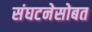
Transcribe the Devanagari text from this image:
संघटनेसोबत